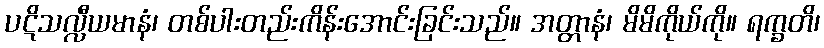
ပဋိသလ္လီယမာနံ၊ တစ်ပါးတည်းကိန်းအောင်းခြင်းသည်။ အတ္တာနံ၊ မိမိကိုယ်ကို။ ရက္ခတိ၊